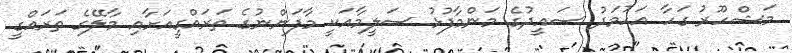
މަޝްހޫރު ގަހާ އަހުމަދު ސައީދުގެ މަންމާފުޅު ސަލީމާއަކީ މާފަންނުގެ ތަރައްގީއަށާއި މާލޭގެ ތަރައްގީ